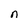
Character: n